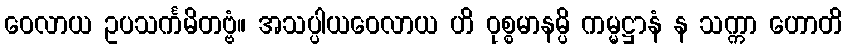
ဝေလာယ ဥပသင်္ကမိတဗ္ဗံ။ အသပ္ပါယဝေလာယ ဟိ ဝုစ္စမာနမ္ပိ ကမ္မဋ္ဌာနံ န သက္ကာ ဟောတိ